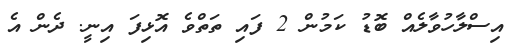
އިސްލާހުވާލެއް ބޮޑު ކަމުން 2 ފައި ތަތްވެ އޮޅިފަ އިނީ. ދެން އެ